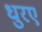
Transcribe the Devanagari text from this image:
धुरए